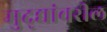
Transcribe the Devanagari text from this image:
मुद्द्यांवरील